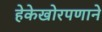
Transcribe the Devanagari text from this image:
हेकेखोरपणाने